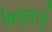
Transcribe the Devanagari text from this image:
किड्बाई